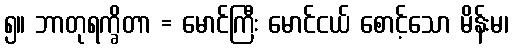
၅။ ဘာတုရက္ခိတာ = မောင်ကြီး မောင်ငယ် စောင့်သော မိန်းမ၊